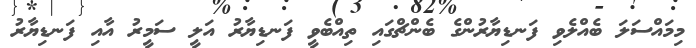
މިމައްސަލަ ބެއްލެވި ފަނޑިޔާރުންގެ ބެންޗްގައި ތިއްބެވީ ފަނޑިޔާރު އަލީ ސަމީރު އާއި ފަނޑިޔާރު